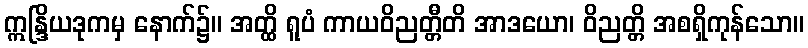
ဣန္ဒြိယဒုကမှ နောက်၌။ အတ္ထိ ရူပံ ကာယဝိညတ္တီတိ အာဒယော၊ ဝိညတ္တိ အစရှိကုန်သော။